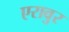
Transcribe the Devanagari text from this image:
एरावुर